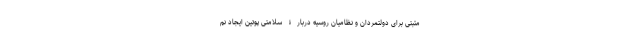
مثبتی برای دولتمردان و نظامیان روسیه دربارۀ سلامتی پوتین ایجاد نم